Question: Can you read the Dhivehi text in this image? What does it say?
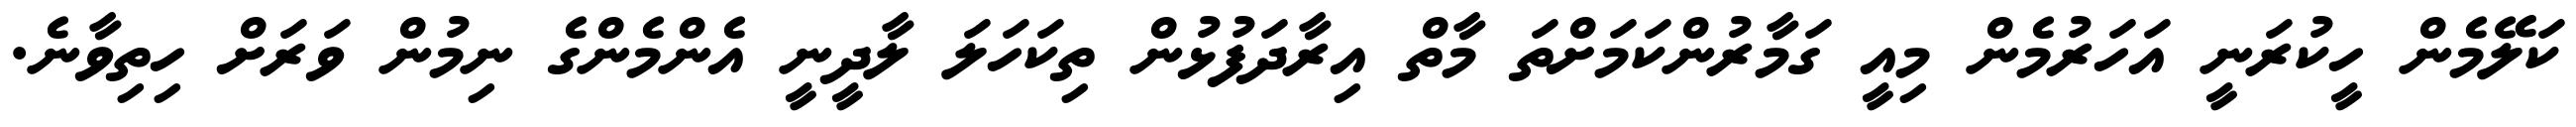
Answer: ކަލޭމެން ހީކުރަނީ އަހަރުމެން މިއީ ގަމާރުންކަމަށްތަ މާތް އިރާދަފުޅުން ތިކަހަލަ ލާދީނީ އެންމެންގެ ނިމުން ވަރަށް ހިތިވާނެ.